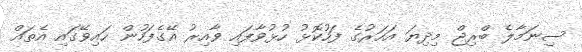
ސިނަމާލެ ބްރިޖް މިދިޔަ އަހަރުގެ ފަހުކޮޅު ހުޅުވާފައި ވާއިރު އޭގެފަހުން ހައިވޭގައި އެތައް